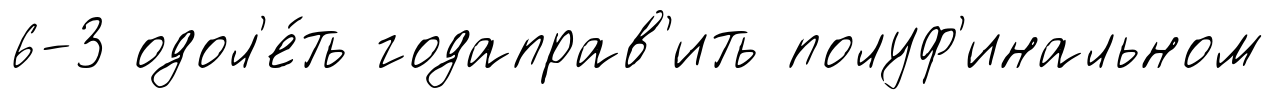
6-3 одол'е́ть годаправ'ить полуф'инальном